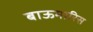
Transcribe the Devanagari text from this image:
बाऊमारिस